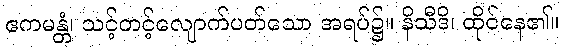
ဧကမန္တံ၊ သင့်တင့်လျောက်ပတ်သော အရပ်၌။ နိသီဒိ၊ ထိုင်နေ၏။